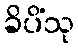
ခိပိံသု